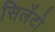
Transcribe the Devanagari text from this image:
सिलेंटो